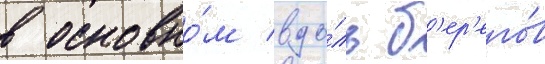
в основно́м вдо́ль б'ер'его́в